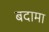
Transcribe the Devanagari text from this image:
बदामा